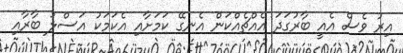
އިރު ވެސް އެއީ ބާރުގަދަ އެއްޗެއްކަން އެނގޭ ކަމަށާއި އެކަމަކު އަސްލު ބާރާއި